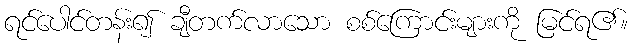
ရင်ပေါင်တန်း၍ ချီတက်လာသော စစ်ကြောင်းများကို မြင်ရ၏။